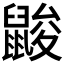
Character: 𪕞